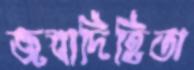
জবাদিহিতা